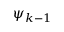
\psi _ { k - 1 }